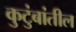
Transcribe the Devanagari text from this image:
कुटुंबांतील